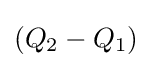
\left(Q_{2}-Q_{1}\right)